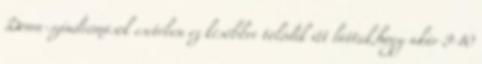
Down-szindrómások esetében ez későbbre tolódik itt láttuk,hogy akár 9-10